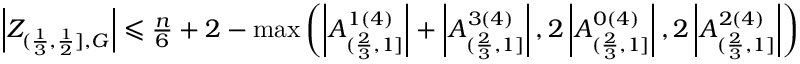
\begin{array} { r } { \left| Z _ { ( \frac { 1 } { 3 } , \frac { 1 } { 2 } ] , G } \right| \leqslant \frac { n } { 6 } + 2 - \operatorname* { m a x } \left( \left| A _ { ( \frac { 2 } { 3 } , 1 ] } ^ { 1 ( 4 ) } \right| + \left| A _ { ( \frac { 2 } { 3 } , 1 ] } ^ { 3 ( 4 ) } \right| , 2 \left| A _ { ( \frac { 2 } { 3 } , 1 ] } ^ { 0 ( 4 ) } \right| , 2 \left| A _ { ( \frac { 2 } { 3 } , 1 ] } ^ { 2 ( 4 ) } \right| \right) } \end{array}